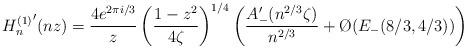
LaTeX: \begin{align*}{H_n^{(1)}}'(nz)&=\frac{4e^{2\pi i/3}}{z}\left(\frac{1-z^2}{4\zeta}\right)^{1/4}\left(\frac{A'_-(n^{2/3}\zeta)}{n^{2/3}}+\O{}(E_-(8/3,4/3))\right)\\\end{align*}